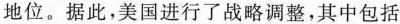
地位。据此，美国进行了战略调整，其中包括